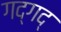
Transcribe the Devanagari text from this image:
गद्‍गद्